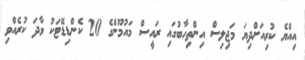
އިއްޔެ ކުރިއަށްދިޔަ މަޖިލިސް އިންތިހާބުގައި ރައީސް މައުމޫންގެ 20 ކެންޑިޑޭޓަކު ވާދަ ކުރެއްވި